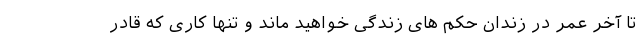
تا آخر عمر در زندان حکم های زندگی خواهید ماند و تنها کاری که قادر